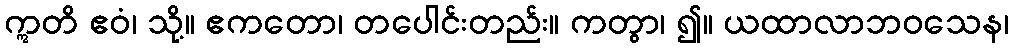
ဣတိ ဧဝံ၊ သို့။ ဧကတော၊ တပေါင်းတည်း။ ကတွာ၊ ၍။ ယထာလာဘဝသေန၊